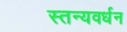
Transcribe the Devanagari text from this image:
स्तन्यवर्धन